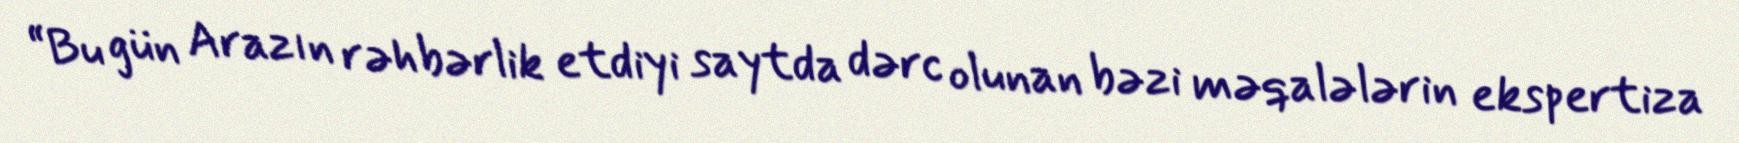
“Bu gün Arazın rəhbərlik etdiyi saytda dərc olunan bəzi məqalələrin ekspertiza